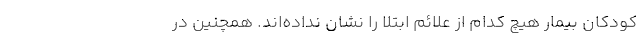
کودکان بیمار هیچ کدام از علائم ابتلا را نشان نداده‌اند. همچنین در